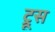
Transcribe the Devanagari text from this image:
ट्रूस